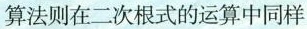
算法则在二次根式的运算中同样